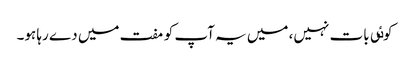
کوٸی بات نہیں، میں یہ آپ کو مفت میں دے رہا ہو۔